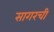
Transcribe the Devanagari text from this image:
सागरची